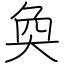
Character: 奐